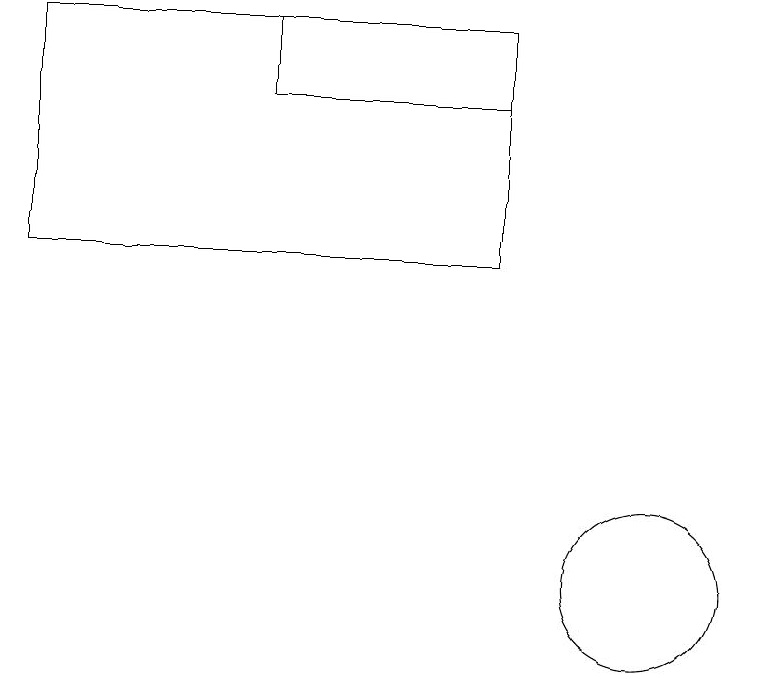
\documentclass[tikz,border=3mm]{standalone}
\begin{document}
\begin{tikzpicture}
\draw (5,16) rectangle (8,17);
\draw (10,10) circle (1);
\draw (2,17) rectangle (8,14);
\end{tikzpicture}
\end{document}